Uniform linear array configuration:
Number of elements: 16
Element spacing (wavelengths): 0.5
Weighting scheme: uniform
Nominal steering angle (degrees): -30
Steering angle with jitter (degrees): -31.057
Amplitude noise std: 0.05
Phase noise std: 0.05

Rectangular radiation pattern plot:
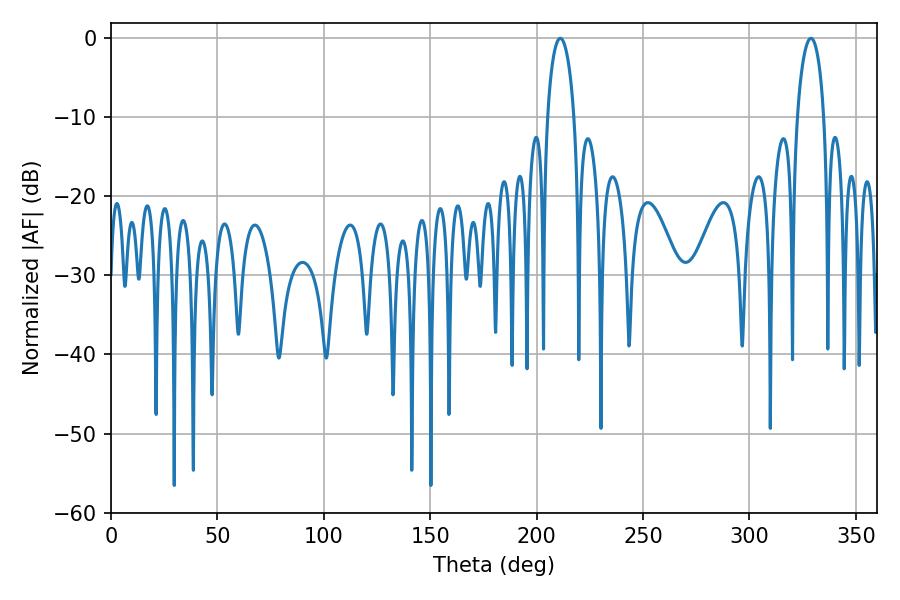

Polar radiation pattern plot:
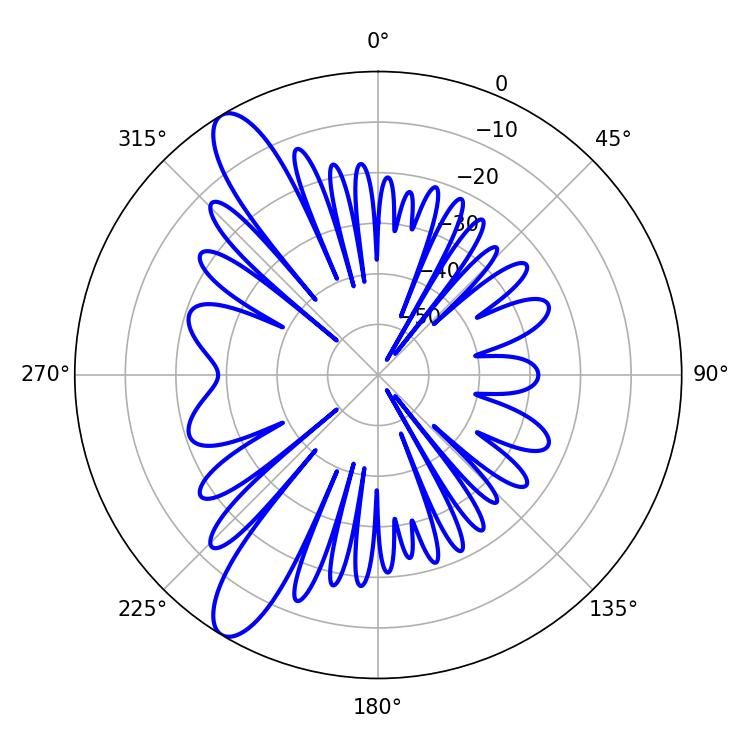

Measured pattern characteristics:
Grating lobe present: FALSE
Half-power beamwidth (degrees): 7.2
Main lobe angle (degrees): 211.14